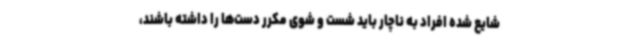
شایع شده افراد به ناچار باید شست و شوی مکرر دست‌ها را داشته باشند،